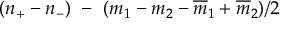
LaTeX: ( n _ { + } - n _ { - } ) \ - \ ( m _ { 1 } - m _ { 2 } - { \overline { { { m } } } _ { 1 } } + { \overline { { { m } } } _ { 2 } } ) / 2